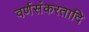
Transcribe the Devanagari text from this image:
वर्णसंकरतादि